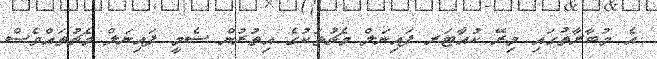
އެ މުބާރާތުގައި މިރޭ ކުއާޓަރ ފައިނަލް މެޗުތަކުގެ އިތުރުން ސެމީ ފައިނަލް މެޗުތައްވެސް